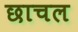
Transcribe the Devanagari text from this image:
छाचल